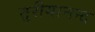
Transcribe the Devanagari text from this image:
तुरीयानन्द